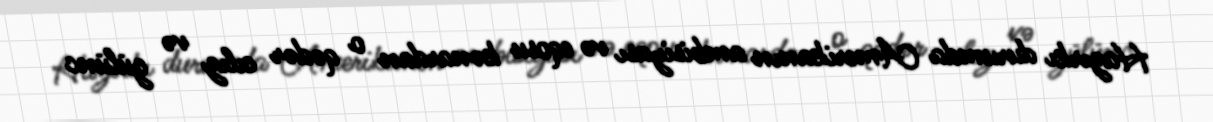
Hazırkı durumda Amerikanın ambisiyası və eqosu kənardan o qədər cılız və gülünc